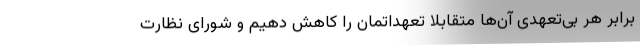
برابر هر بی‌تعهدی آن‌ها متقابلاً تعهداتمان را کاهش دهیم و شورای نظارت